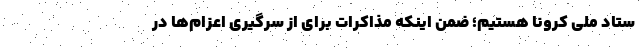
ستاد ملی کرونا هستیم؛ ضمن اینکه مذاکرات برای از سرگیری اعزام‌ها در